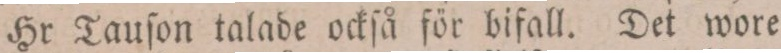
Hr Tauſon talade ockſå för bifall. Det wore